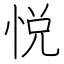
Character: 悦